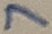
Text: 7